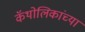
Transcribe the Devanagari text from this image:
कॅथोलिकांच्या